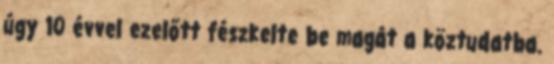
úgy 10 évvel ezelőtt fészkelte be magát a köztudatba.